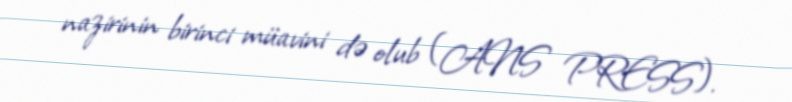
nazirinin birinci müavini də olub (ANS PRESS).